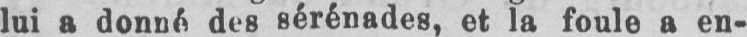
lui a donné des sérénades, et la foule a en-